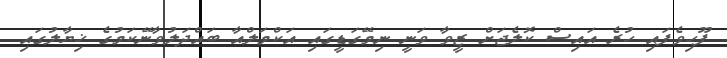
ފޫހިވެފައި ހުރެ އައިސް ކޮލެޖަށް ޒީވާ ވަނީ ނިމޭގަޑީގައި އަކްމަލްއާ ބައްދަލުވާނޭކަމުގެ ޚިޔާލުގައި